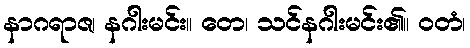
နာဂရာဇ၊ နဂါးမင်း။ တေ၊ သင်နဂါးမင်း၏။ ဝတံ၊